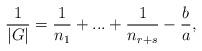
LaTeX: \begin{align*}\frac{1}{|G|}=\frac{1}{n_1} +...+ \frac{1}{n_{r+s}}-\frac{b}{a}, \end{align*}